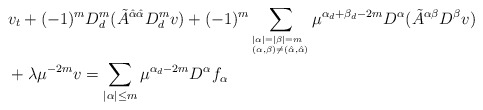
\begin{align*}&v_t+(-1)^m D_d^m(\tilde{A}^{\hat{\alpha}\hat{\alpha}}D^m_d v)+(-1)^{m}\sum_{^{|\alpha|=|\beta|=m}_{(\alpha,\beta)\neq (\hat{\alpha},\hat{\alpha})}}\mu^{\alpha_d+\beta_d-2m}D^\alpha(\tilde{A}^{\alpha\beta}D^\beta v)\\&+\lambda\mu^{{-2m}}v=\sum_{|\alpha|\le m}\mu^{\alpha_d-2m}D^\alpha f_\alpha\end{align*}